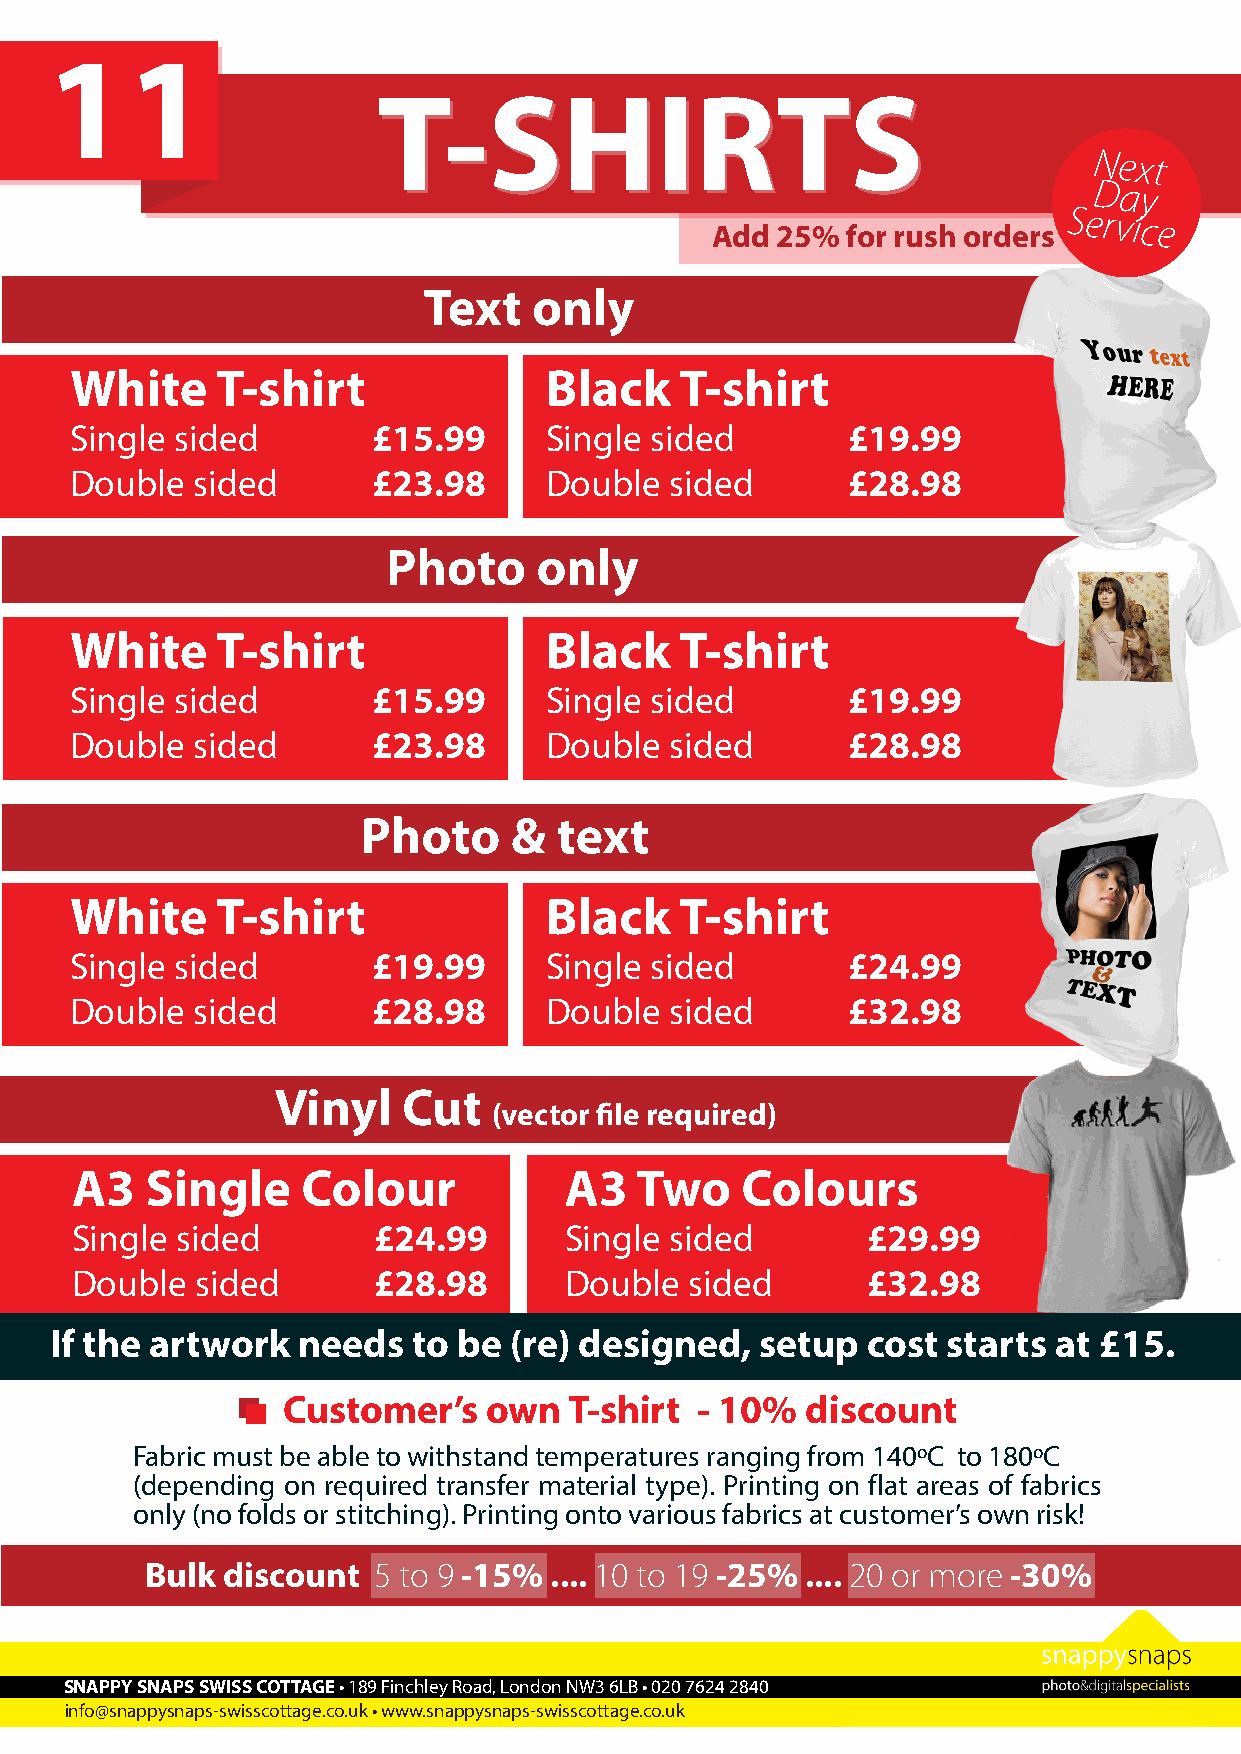
11
 TT--SSHHIIRRTTSS
 Next
 Day
 Add 25%  for rush orders
 Service
 Text   only
 White    T-shirt               Black    T-shirt
 Single sided        £15.99     Single sided        £19.99
 Double  sided       £23.98     Double  sided       £28.98
 Photo    only
 White    T-shirt               Black    T-shirt
 Single sided        £15.99     Single sided        £19.99
 Double  sided       £23.98     Double  sided       £28.98
 Photo     &  text
 White    T-shirt               Black    T-shirt
 Single sided        £19.99     Single sided        £24.99
 Double  sided       £28.98     Double  sided       £32.98
 Vinyl    Cut
 (vector file required)
 A3   Single    Colour           A3   Two    Colours
 Single sided        £24.99      Single sided        £29.99
 Double  sided       £28.98      Double   sided      £32.98
 If the artwork   needs  to be  (re) designed,  setup  cost  starts at £15.
 Customer’s   own   T-shirt - 10%  discount
 Fabric must be able to withstand temperatures ranging from 140oC to 180oC
 (depending on required transfer material type). Printing on flat areas of fabrics
 only (no folds or stitching). Printing onto various fabrics at customer’s own risk!
 Bulk discount  5 to 9 -15% .... 10 to 19 -25% .... 20 or more -30%
 SNAPPY SNAPS SWISS COTTAGE • 189 Finchley Road, London NW3 6LB • 020 7624 2840
 info@snappysnaps-swisscottage.co.uk • www.snappysnaps-swisscottage.co.uk